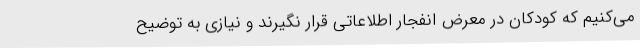
می‌کنیم که کودکان در معرض انفجار اطلاعاتی قرار نگیرند و نیازی به توضیح